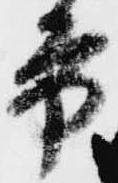
方